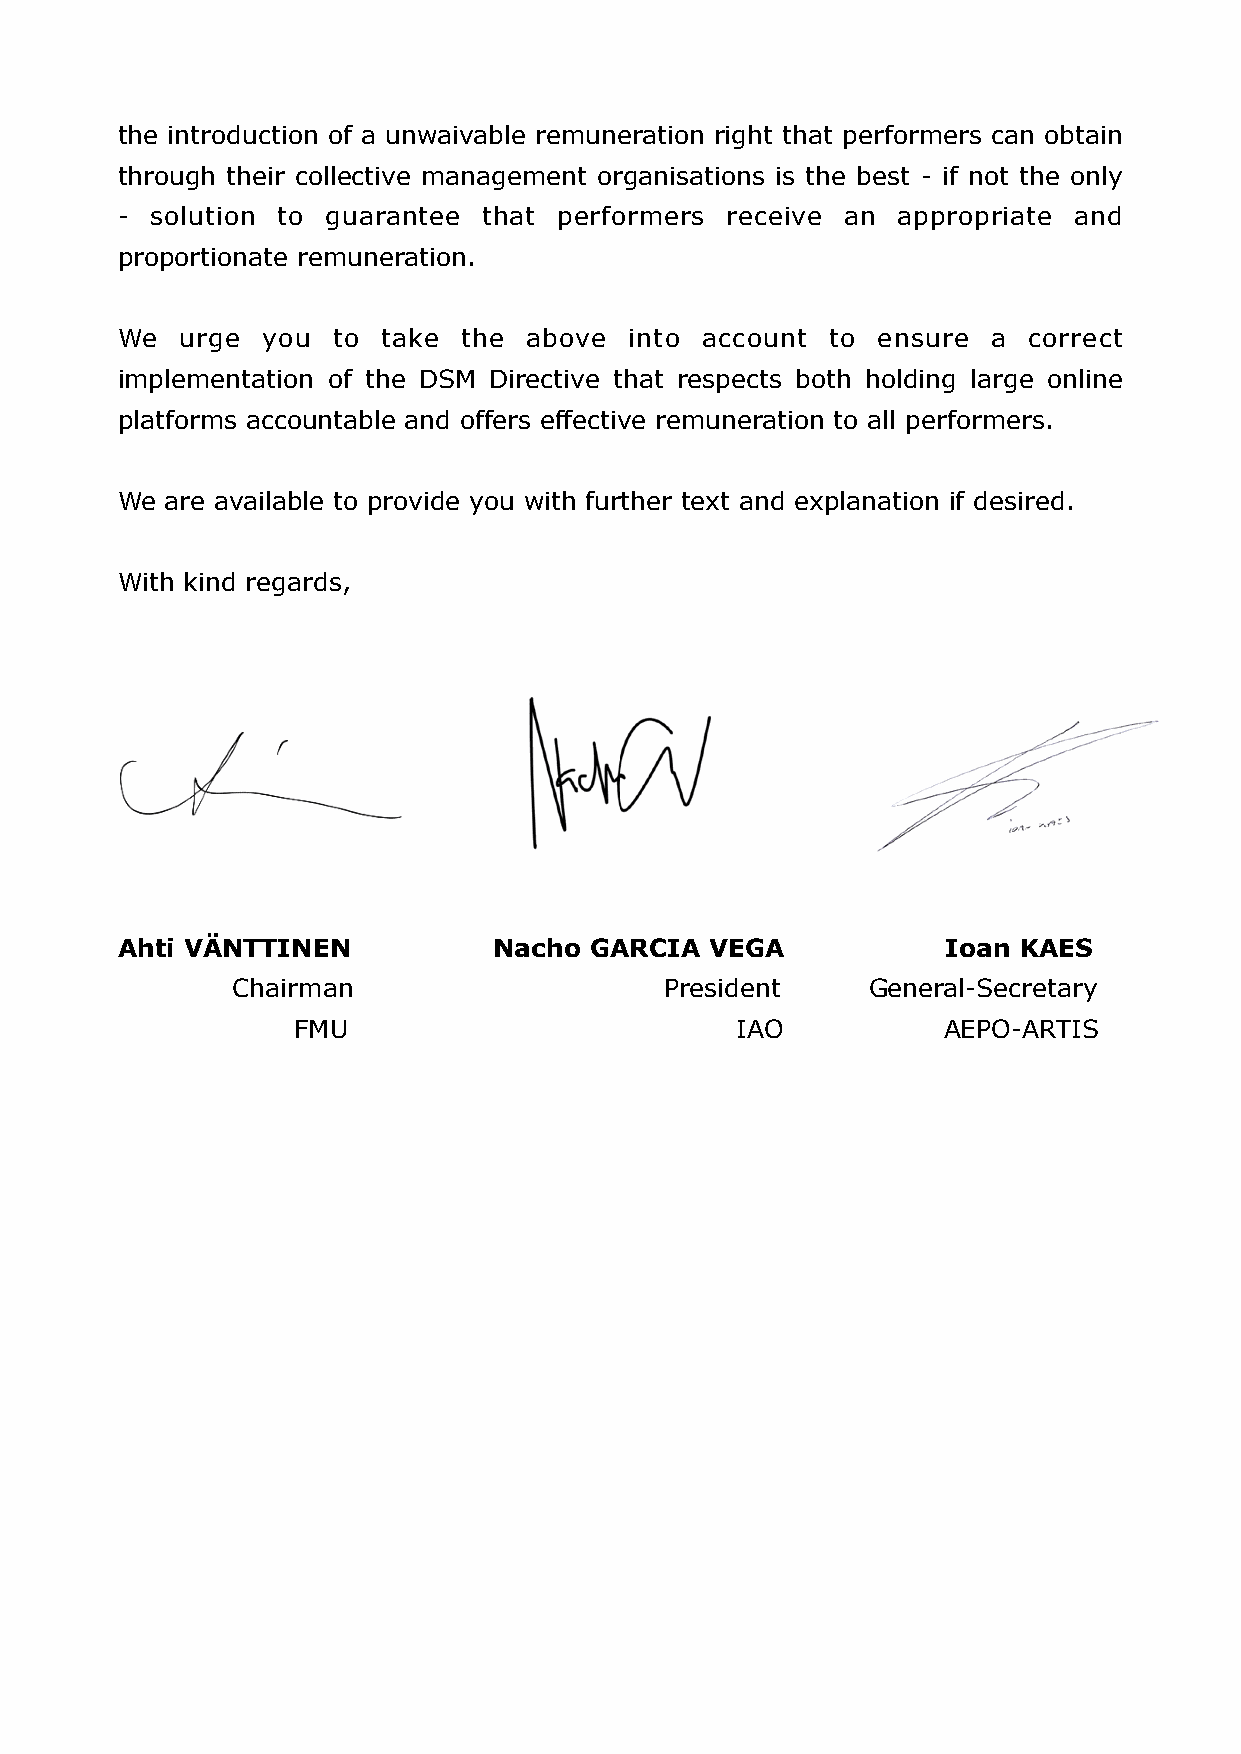
the introduction of a unwaivable remuneration right that performers can obtain
 through their collective management organisations is the best - if not the only
 - solution to guarantee that performers receive an appropriate and
 proportionate remuneration.
 We  urge you  to take  the above  into account to ensure  a correct
 implementation of the DSM Directive that respects both holding large online
 platforms accountable and offers effective remuneration to all performers.
 We are available to provide you with further text and explanation if desired.
 With kind regards,
 Ahti VÄNTTINEN           Nacho GARCIA  VEGA            Ioan KAES
 Chairman                     President    General-Secretary
 FMU                           IAO          AEPO-ARTIS